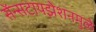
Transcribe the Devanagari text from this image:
सेंन्सटायझेशनमुळे